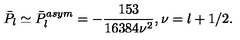
\bar { P } _ { l } \simeq \bar { P } _ { l } ^ { a s y m } = - \frac { 1 5 3 } { 1 6 3 8 4 \nu ^ { 2 } } , \nu = l + 1 / 2 .